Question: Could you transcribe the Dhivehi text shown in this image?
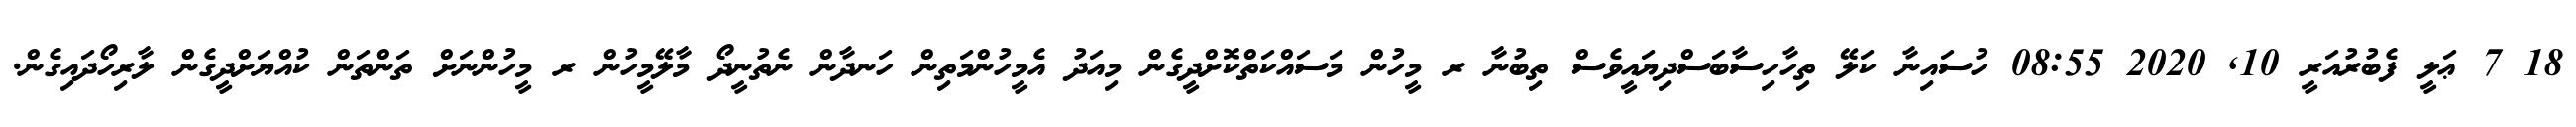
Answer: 18 7 ޢަލީ ފެބުރުއަރީ 10, 2020 08:55 ހުސައިނާ ކަލޭ ތިހާހިސާބަސްދިޔައީވެސް ތިބުނާ ރ މީހުން މަސައްކަތްކޮށްދީގެން މިއަދު އެމީހުންމަތިން ހަނދާން ނެތުނީދޯ މާލޭމީހުން ރ މީހުންނަށް ތަންތަން ކުއްޔަށްދީގެން ލާރިހޯދައިގެން.